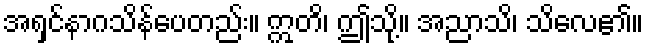
အရှင်နာဂသိန်ပေတည်း။ ဣတိ၊ ဤသို့။ အညာသိ၊ သိလေ၏။